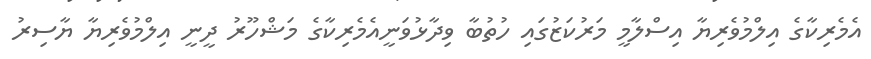
އެމެރިކާގެ އިލްމުވެރިޔާ އިސްލާމީ މަރުކަޒުގައި ހުތުބާ ވިދާޅުވަނީއެމެރިކާގެ މަޝްހޫރު ދީނީ އިލްމުވެރިޔާ ޔާސިރު